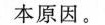
本原因。